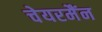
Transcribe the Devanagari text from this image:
चेयरमैंन